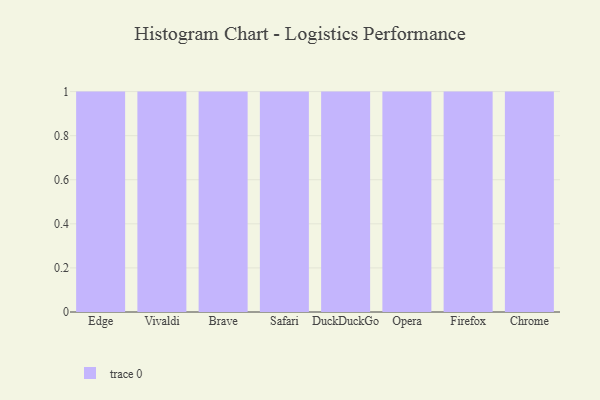
{"axis": {"x": "Browser", "y": "Customer Acquisition Cost (USD)"}, "legend": [""], "data": [{"x": "Edge", "y": 17, "type": ""}, {"x": "Vivaldi", "y": 33, "type": ""}, {"x": "Brave", "y": 76, "type": ""}, {"x": "Safari", "y": 71, "type": ""}, {"x": "DuckDuckGo", "y": 91, "type": ""}, {"x": "Opera", "y": 27, "type": ""}, {"x": "Firefox", "y": 20, "type": ""}, {"x": "Chrome", "y": 55, "type": ""}]}